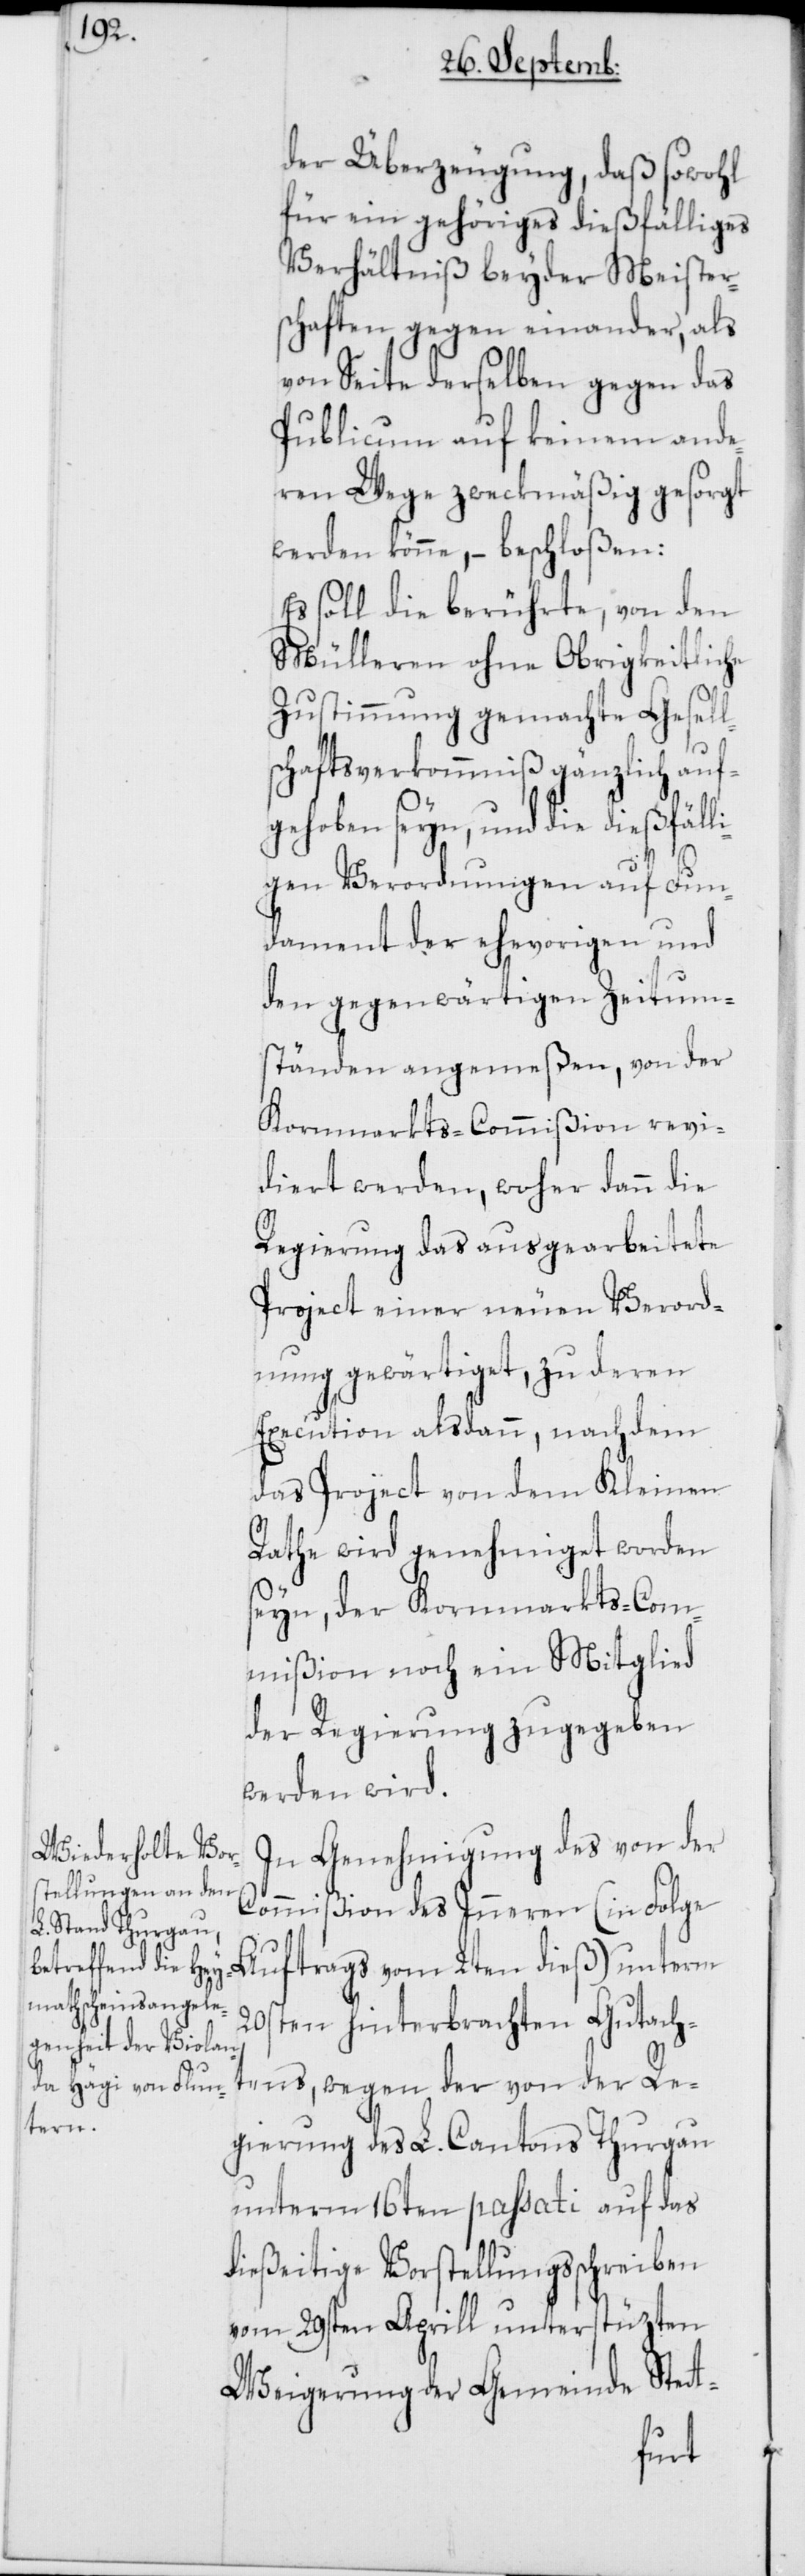
der Überzeugung, daß sowohl
für ein gehöriges dießfälliges
Verhältniß beyder Meister¬
schaften gegen einander, als
von Seite derselben gegen das
Publicum auf keinem ande¬
ren Wege zweckmäßig gesorgt
werden könne, – beschloßen:
Es soll die berührte, von den
Mülleren ohne Obrigkeitliche
Zustimmung gemachte Gesell¬
schaftsverkommniß gänzlich auf¬
gehoben seyn, und die dießfäll¬
igen Verordnungen auf Fun¬
dament der ehevorigen und
den gegenwärtigen Zeitum¬
ständen angemeßen, von der
Kornmarkts-Commißion revi¬
diert werden, woher dann die
Regierung das ausgearbeitete
Project einer neuen Verord¬
nung gewärtiget, zu deren
Execution alsdann, nachdem
das Project von dem Kleinen
Rathe wird genehmiget worden
seyn, der Kornmarkts-Com¬
mißion noch ein Mitglied
der Regierung zugegeben
werden wird.
In Genehmigung des von der
Commißion des Inneren (in Folge
Auftrags vom 2ten dieß) unterm
20sten hinterbrachten Gutach¬
tens, wegen der von der Re¬
gierung des L. Cantons Thurgau
unterm 16ten passati auf das
dießeitige Vorstellungsschreiben
vom 29sten Aprill unterstüzten
Weigerung der Gemeinde Stett-